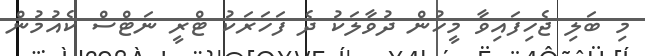
މި ބަލި ޖެހިފައިވާ މީހުން ދުވާލަކު ދެ ފަހަރަކު ޓްރީ ނަޓްސް ކެއުމުން